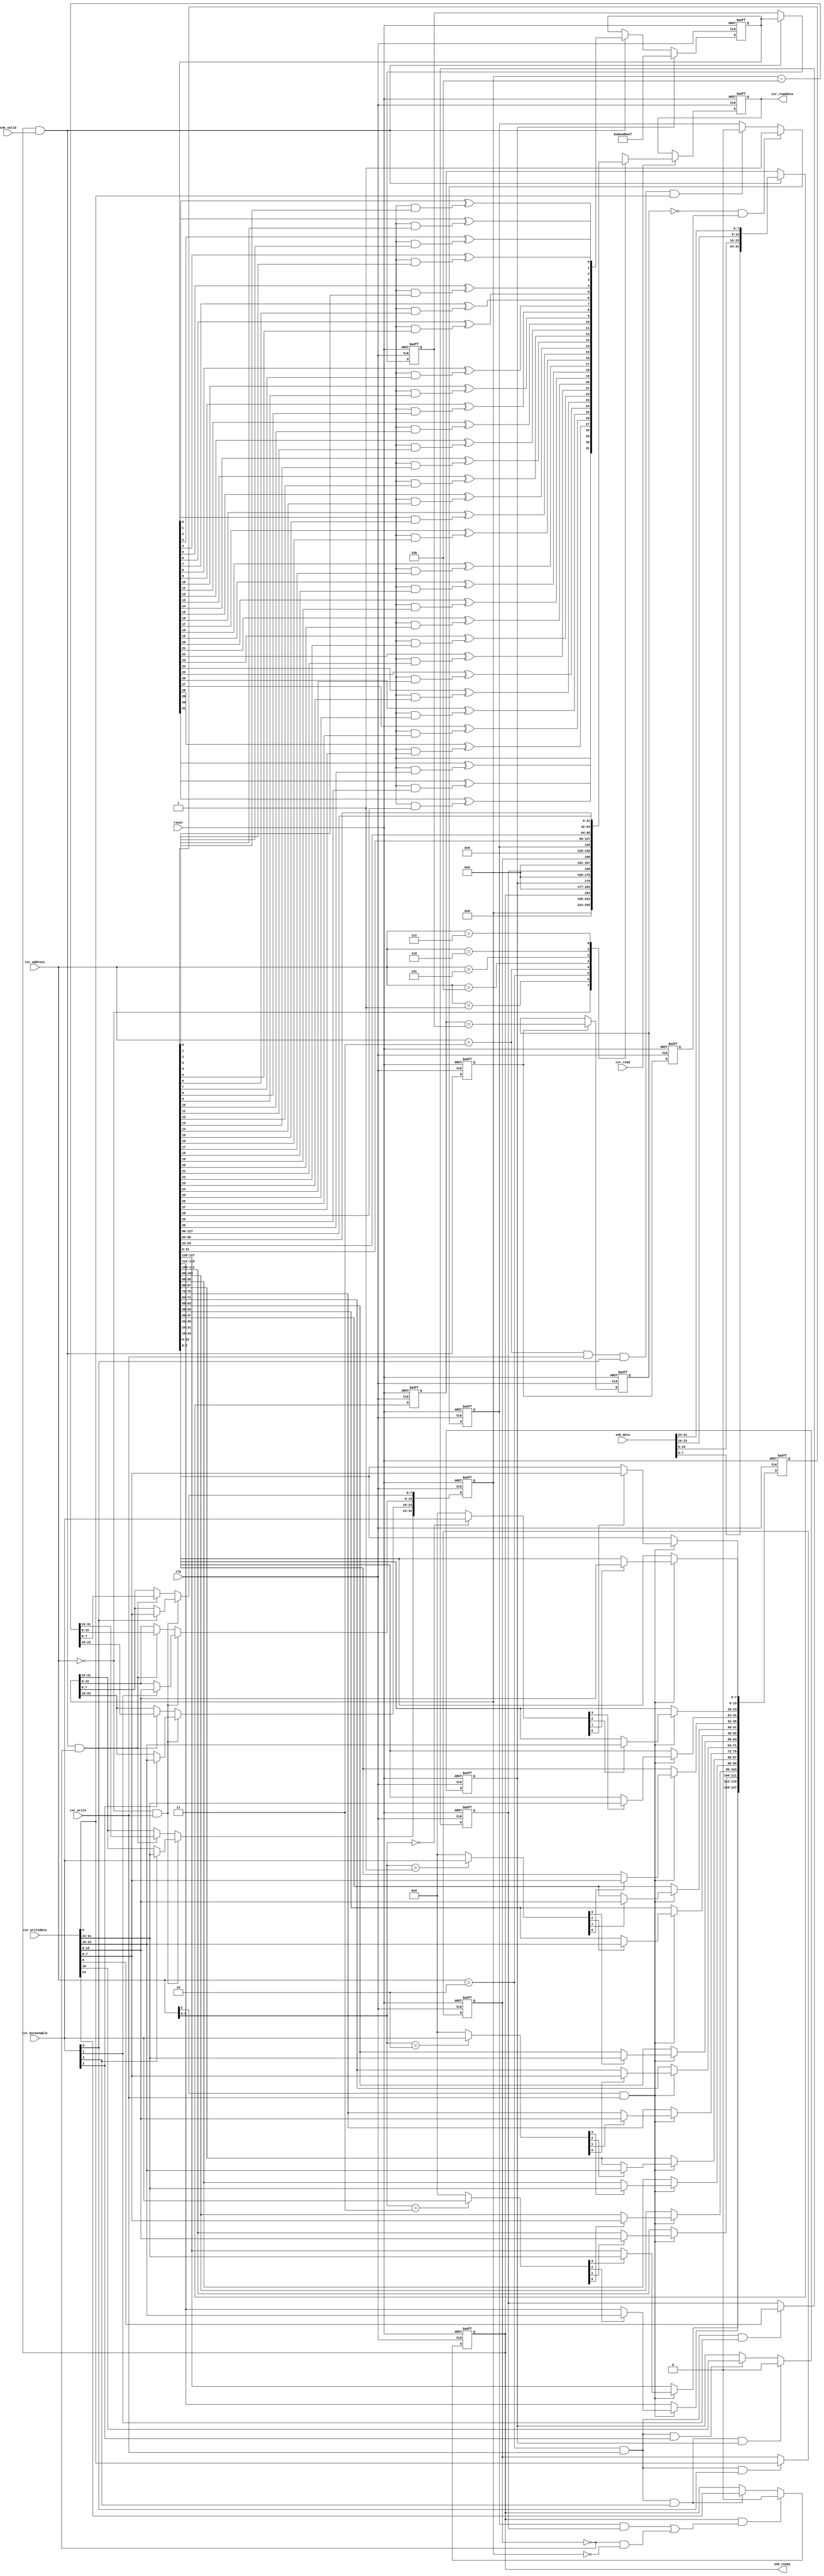
/*
  Legal Notice: (C)2010 Altera Corporation. All rights reserved.  Your
  use of Altera Corporation's design tools, logic functions and other
  software and tools, and its AMPP partner logic functions, and any
  output files any of the foregoing (including device programming or
  simulation files), and any associated documentation or information are
  expressly subject to the terms and conditions of the Altera Program
  License Subscription Agreement or other applicable license agreement,
  including, without limitation, that your use is for the sole purpose
  of programming logic devices manufactured by Altera and sold by Altera
  or its authorized distributors.  Please refer to the applicable
  agreement for further details.
*/


/*

PRBS checker core

Author:  JCJB
Date:    04/22/2010

Description:  This component checks the input data against the PRBS pattern which is based on the data width chosen or a custom polynomial of programmed during
              runtime.  When the host writes to the start bit of the CSR slave port the component will begin receiving data from the sink port.  You should use
              the prbs generator component with this component.
              
              The following polynomials are used by default, you may overwrite them by writing the PRBS Polynomial at run time.  The following polynomials
              are used:
              
              Data width = 16 bits  --> PRBS-16 (taps [16, 14, 13, 11])
              Data width = 32 bits  --> PRBS-32 (taps [32, 30, 26, 25])
              Data width = 64 bits  --> PRBS-64 (taps [64, 63, 61, 60])
              Data width = 128 bits --> PRBS-128 (taps [128, 127, 126, 121])
              
              The PRBS polynomials do not include the implied '1' so if you provide your own custom polynomial do not program the implied '1'.  For example
              the PRBS-128 polynomial of x^128 + x^127 + x^126 + x^121 + 1 programs bits 127, 126, 125, and 120 high and the rest are low.  The generator
              is seeded a hardcoded value based on the data width.

Register map:

|-------------------------------------------------------------------------------------------------------------------------------------------------------|
|  Address   |   Access Type   |                                                            Bits                                                        |
|            |                 |------------------------------------------------------------------------------------------------------------------------|
|            |                 |            31..24            |            23..16            |            15..8            |            7..0            |
|-------------------------------------------------------------------------------------------------------------------------------------------------------|
|     0      |       r/w       |                                                       Payload Length                                                   |
|     4      |       N/A       |                                                            N/A                                                         |
|     8      |       r/w       |                           Run                   Seed Checker               Stop on Failure     Infinite Payload Length |
|     12     |      r/clr      |                                                                                                       Failure Detected |
|     16     |       r/w       |                                                   PRBS Polynomial [31..0]                                              |
|     20     |       r/w       |                                                   PRBS Polynomial [63..32]                                             |
|     24     |       r/w       |                                                   PRBS Polynomial [95..64]                                             |
|     28     |       r/w       |                                                   PRBS Polynomial [127..96]                                            |
|-------------------------------------------------------------------------------------------------------------------------------------------------------|


Address 0  --> Bits 31:0 are used store the payload length as well as read it back while the checker core is operating.  This field should only be written to while
               the checker is stopped.
Address 4  --> <reserved>
Address 8  --> Bit 0 is used tell the checker to ignore the payload length field and generate the pattern until stopped.  Bit 8 is used to stop the checker when a failure
               is detected, bit 16 is used to seed the checker core and bit 24 is used to start the checker core so that it begins receiving data.  The run field must be
               accessed at the same time as the other two bits or later.
Address 12 --> Bit 0 is used to read back the failure status as well as clear the failure bit
Address 16 --> PRBS polynomial bits 31-0 (does not include the implied '1' in the polynomial)
Address 20 --> PRBS polynomial bits 63-32
Address 24 --> PRBS polynomial bits 95-64
Address 28 --> PRBS polynomial bits 127-96

*/


// synthesis translate_off
`timescale 1ns / 1ps
// synthesis translate_on

// turn off superfluous verilog processor warnings 
// altera message_level Level1 
// altera message_off 10230


module mtm_prbs_pattern_checker (
  clk,
  reset,

  csr_address,
  csr_writedata,
  csr_write,
  csr_readdata,
  csr_read,
  csr_byteenable,

  snk_data,
  snk_valid,
  snk_ready
);


  parameter DATA_WIDTH = 32;

  localparam NUM_OF_SYMBOLS = DATA_WIDTH / 8;
  localparam POLYNOMIAL_RESET_VALUE = (DATA_WIDTH == 16)? 16'hB400 :                                                    // taps [16, 14, 13, 11]
                                      (DATA_WIDTH == 32)? 32'hA300_0000 :                                                // taps [32, 30, 26, 25]
                                      (DATA_WIDTH == 64)? 64'hD800_0000_0000_0000 : 128'hE100_0000_0000_0000_0000_0000_0000_0000; // taps [64, 63, 61, 60] : taps [128, 127, 126, 121]
  localparam SEED_VALUE = (DATA_WIDTH == 16)? 16'hFACE:
                          (DATA_WIDTH == 32)? 32'hDEAD_BEEF:
                          (DATA_WIDTH == 64)? 64'hFEED_ABBA_BABE_BEEF : 128'hCA11_DEAF_ABBA_BABE_B01D_5CA1_AB1E_FACE;

  input clk;
  input reset;

  input [2:0] csr_address;
  input [31:0] csr_writedata;
  input csr_write;
  output wire [31:0] csr_readdata;
  input csr_read;
  input [3:0] csr_byteenable;

  input [DATA_WIDTH-1:0] snk_data;
  input snk_valid;
  output wire snk_ready;

  // internal registers and wires
  reg [31:0] payload_length_counter;
  wire load_payload_length_counter;
  wire [3:0] load_payload_length_counter_lanes;
  reg infinite_payload_length;
  wire load_infinite_payload_length;
  reg seed_checker;
  wire load_seed_checker;
  wire clear_seed_checker;
  reg stop_on_failure;
  wire load_stop_on_failure;
  reg start;
  wire load_start;
  wire clear_start;
  reg failure_detected;
  wire set_failure_detected;
  wire clear_failure_detected;
  reg [127:0] polynomial;
  wire load_polynomial;
  wire [15:0] load_polynomial_lanes;
  reg [DATA_WIDTH-1:0] pipeline;
  reg [DATA_WIDTH-1:0] pipeline_d1;
  wire [DATA_WIDTH-1:0] pipeline_input;
  wire pipeline_enable;
  reg pipeline_enable_d1;
  reg pipeline_enable_d2;
  wire [DATA_WIDTH-1:0] data_in;
  reg [DATA_WIDTH-1:0] data_in_d1;
  wire decrement_payload_length_counter;
  wire data_compare;
  reg data_compare_d1;
  reg [31:0] readback_mux;
  reg [31:0] readback_mux_d1;



  always @ (posedge clk or posedge reset)
  begin
    if (reset == 1)
    begin
      start <= 0;
    end
    else
    begin
      if (clear_start == 1)
      begin
        start <= 0;
      end
      else if (load_start == 1)
      begin
        start <= csr_writedata[24];
      end
    end
  end


  always @ (posedge clk or posedge reset)
  begin
    if (reset == 1)
    begin
      seed_checker <= 0;
    end
    else
    begin
      if (clear_seed_checker == 1)
      begin
        seed_checker <= 0;
      end
      else if (load_seed_checker == 1)
      begin
        seed_checker <= csr_writedata[16];
      end
    end
  end


  always @ (posedge clk or posedge reset)
  begin
    if (reset == 1)
    begin
      stop_on_failure <= 0;
    end
    else if (load_stop_on_failure == 1)
    begin
      stop_on_failure <= csr_writedata[8];
    end
  end


  always @ (posedge clk or posedge reset)
  begin
    if (reset == 1)
    begin
      payload_length_counter <= 0;
    end
    else 
    begin
      if (load_payload_length_counter == 1)
      begin
        if (load_payload_length_counter_lanes[0] == 1)
        begin
          payload_length_counter[7:0] <= csr_writedata[7:0];
        end
        if (load_payload_length_counter_lanes[1] == 1)
        begin
          payload_length_counter[15:8] <= csr_writedata[15:8];
        end
        if (load_payload_length_counter_lanes[2] == 1)
        begin
          payload_length_counter[23:16] <= csr_writedata[23:16];
        end
        if (load_payload_length_counter_lanes[3] == 1)
        begin
          payload_length_counter[31:24] <= csr_writedata[31:24];
        end
      end
      else if (decrement_payload_length_counter == 1)
      begin
        payload_length_counter <= payload_length_counter - NUM_OF_SYMBOLS;
      end
    end
  end


  always @ (posedge clk or posedge reset)
  begin
    if (reset == 1)
    begin
      infinite_payload_length <= 0;
    end
    else if (load_infinite_payload_length == 1)
    begin
      infinite_payload_length <= csr_writedata[0];
    end
  end


  always @ (posedge clk or posedge reset)
  begin
    if (reset == 1)
    begin
      failure_detected <= 0;
    end
    else
    begin
      if (set_failure_detected == 1)
      begin
        failure_detected <= 1;
      end
      else if (clear_failure_detected == 1)
      begin
        failure_detected <= 0;
      end
    end
  end


  always @ (posedge clk or posedge reset)
  begin
    if (reset == 1)
    begin
      polynomial <= POLYNOMIAL_RESET_VALUE;
    end
    else if (load_polynomial == 1)
    begin
      if (load_polynomial_lanes[0] == 1)
      begin
        polynomial[7:0] <= csr_writedata[7:0];
      end
      if (load_polynomial_lanes[1] == 1)
      begin
        polynomial[15:8] <= csr_writedata[15:8];
      end
      if (load_polynomial_lanes[2] == 1)
      begin
        polynomial[23:16] <= csr_writedata[23:16];
      end
      if (load_polynomial_lanes[3] == 1)
      begin
        polynomial[31:24] <= csr_writedata[31:24];
      end

      if (load_polynomial_lanes[4] == 1)
      begin
        polynomial[39:32] <= csr_writedata[7:0];
      end
      if (load_polynomial_lanes[5] == 1)
      begin
        polynomial[47:40] <= csr_writedata[15:8];
      end
      if (load_polynomial_lanes[6] == 1)
      begin
        polynomial[55:48] <= csr_writedata[23:16];
      end
      if (load_polynomial_lanes[7] == 1)
      begin
        polynomial[63:56] <= csr_writedata[31:24];
      end

      if (load_polynomial_lanes[8] == 1)
      begin
        polynomial[71:64] <= csr_writedata[7:0];
      end
      if (load_polynomial_lanes[9] == 1)
      begin
        polynomial[79:72] <= csr_writedata[15:8];
      end
      if (load_polynomial_lanes[10] == 1)
      begin
        polynomial[87:80] <= csr_writedata[23:16];
      end
      if (load_polynomial_lanes[11] == 1)
      begin
        polynomial[95:88] <= csr_writedata[31:24];
      end

      if (load_polynomial_lanes[12] == 1)
      begin
        polynomial[103:96] <= csr_writedata[7:0];
      end
      if (load_polynomial_lanes[13] == 1)
      begin
        polynomial[111:104] <= csr_writedata[15:8];
      end
      if (load_polynomial_lanes[14] == 1)
      begin
        polynomial[119:112] <= csr_writedata[23:16];
      end
      if (load_polynomial_lanes[15] == 1)
      begin
        polynomial[127:120] <= csr_writedata[31:24];
      end
    end
  end


  always @ (posedge clk or posedge reset)
  begin
    if (reset == 1)
    begin
      pipeline <= SEED_VALUE;
    end
    else
    begin
      if (seed_checker == 1)
      begin
        pipeline <= SEED_VALUE;
      end
      else if (pipeline_enable == 1)
      begin
        pipeline <= pipeline_input;
      end
    end
  end


  always @ (posedge clk or posedge reset)
  begin
    if (reset == 1)
    begin
      pipeline_d1 <= 0;
    end
    else if (pipeline_enable == 1)
    begin
      pipeline_d1 <= pipeline;
    end
  end


  always @ (posedge clk or posedge reset)
  begin
    if (reset == 1)
    begin
      pipeline_enable_d1 <= 0;
      pipeline_enable_d2 <= 0;
    end
    else
    begin
      pipeline_enable_d1 <= pipeline_enable;
      pipeline_enable_d2 <= pipeline_enable_d1;
    end
  end


  always @ (posedge clk or posedge reset)
  begin
    if (reset == 1)
    begin
      data_in_d1 <= 0;
    end
    else if (pipeline_enable == 1)
    begin
      data_in_d1 <= data_in;
    end
  end


  always @ (posedge clk or posedge reset)
  begin
    if (reset == 1)
    begin
      data_compare_d1 <= 0;
    end
    else if (pipeline_enable_d1 == 1)
    begin
      data_compare_d1 <= data_compare;
    end
  end



  always @ (posedge clk or posedge reset)
  begin
    if (reset == 1)
    begin
      readback_mux_d1 <= 0;
    end
    else if (csr_read == 1)
    begin
      readback_mux_d1 <= readback_mux;
    end
  end


  always @ (csr_address or payload_length_counter or polynomial or infinite_payload_length or stop_on_failure or start or seed_checker or failure_detected)
  begin
    case (csr_address)
      3'b000: readback_mux = payload_length_counter;
      3'b001: readback_mux = {32{1'b0}};
      3'b010: readback_mux = {{7{1'b0}}, start, {7{1'b0}}, seed_checker, {7{1'b0}}, stop_on_failure, {7{1'b0}}, infinite_payload_length};
      3'b011: readback_mux = {{31{1'b0}}, failure_detected};
      3'b100: readback_mux = polynomial[31:0];
      3'b101: readback_mux = polynomial[63:32];
      3'b110: readback_mux = polynomial[95:64];
      3'b111: readback_mux = polynomial[127:96];
    endcase
  end


// LSFR input data for all the pipeline stages
genvar d;
generate
  for (d = 0; d < (DATA_WIDTH-1); d = d + 1)  // highest order pipeline input will be generated independent of this loop 
  begin: pipeline_taps
    assign pipeline_input[d] = pipeline[d+1] ^ (pipeline[0] & polynomial[d]);
  end
endgenerate
  assign pipeline_input[DATA_WIDTH-1] = pipeline[0];


genvar i;
generate
  for (i = 0; i < NUM_OF_SYMBOLS; i = i + 1)
  begin : byte_reversal
    assign data_in[((8*(i+1))-1):(8*i)] = snk_data[((8*((NUM_OF_SYMBOLS-1-i)+1))-1):(8*(NUM_OF_SYMBOLS-1-i))];
  end
endgenerate


  assign load_payload_length_counter = (csr_address == 0) & (csr_write == 1);
  assign load_payload_length_counter_lanes = csr_byteenable;

  assign load_infinite_payload_length = (csr_address == 2) & (csr_write == 1) & (csr_byteenable[0] == 1);
  
  assign load_stop_on_failure = (csr_address == 2) & (csr_write == 1) & (csr_byteenable[1] == 1);
  assign load_start = (csr_address == 2) & (csr_write == 1) & (csr_byteenable[3] == 1);

  assign load_seed_checker = (csr_address == 2) & (csr_write == 1) & (csr_byteenable[2] == 1);
  assign clear_seed_checker = (load_start == 1) & (seed_checker == 1);

  assign load_polynomial = (csr_address[2] == 1) & (csr_write == 1);
  assign load_polynomial_lanes[3:0] = (csr_address[1:0] == 0)? csr_byteenable : 0;
  assign load_polynomial_lanes[7:4] = (csr_address[1:0] == 1)? csr_byteenable : 0;
  assign load_polynomial_lanes[11:8] = (csr_address[1:0] == 2)? csr_byteenable : 0;
  assign load_polynomial_lanes[15:12] = (csr_address[1:0] == 3)? csr_byteenable : 0;

  assign pipeline_enable = (start == 1) & (snk_valid == 1);
  assign decrement_payload_length_counter = (start == 1) & (snk_valid == 1) & (infinite_payload_length == 0);
  assign clear_start = (start == 1) & (((failure_detected == 1) & (stop_on_failure == 1)) | ((infinite_payload_length == 0) & (payload_length_counter == 0)));
  assign snk_ready = (start == 1);

  assign data_compare = (data_in_d1 == pipeline_d1);
  
  assign set_failure_detected = (data_compare_d1 == 0) & (pipeline_enable_d2 == 1);
  assign clear_failure_detected = (csr_address == 3) & (csr_write == 1) & (csr_byteenable[0] == 1) & (csr_writedata[0] == 1);

  assign csr_readdata = readback_mux_d1;

endmodule